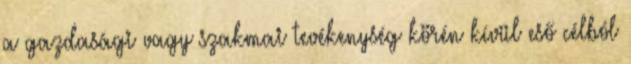
a gazdasági vagy szakmai tevékenység körén kívül eső célból